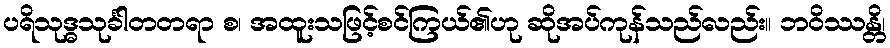
ပရိသုဒ္ဓသုင်္ခါတတရာ စ၊ အထူးသဖြင့်စင်ကြယ်၏ဟု ဆိုအပ်ကုန်သည်လည်း။ ဘဝိဿန္တိ၊